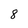
Character: 8